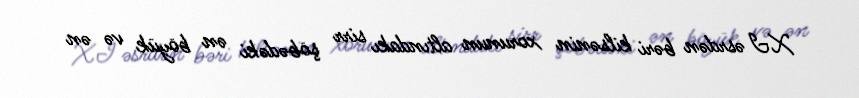
XI əsrdən bəri kilsənin xorunun altındakı sirr şöbədəki ən böyük və ən